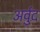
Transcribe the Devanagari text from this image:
अर्वुद